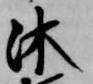
沐